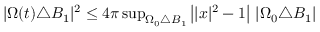
\begin{array} { r } { | \Omega ( t ) \triangle B _ { 1 } | ^ { 2 } \le 4 \pi \operatorname* { s u p } _ { \Omega _ { 0 } \triangle B _ { 1 } } \left| | x | ^ { 2 } - 1 \right| \, | \Omega _ { 0 } \triangle B _ { 1 } | } \end{array}